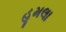
હૂમલા